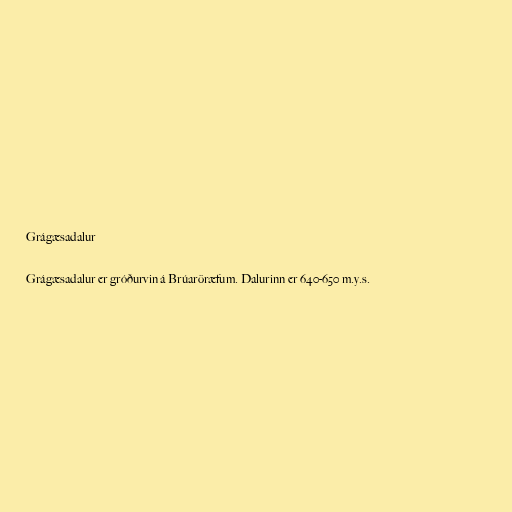
Grágæsadalur

Grágæsadalur er gróðurvin á Brúaröræfum. Dalurinn er 640-650 m.y.s.